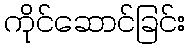
ကိုင်ဆောင်ခြင်း